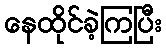
နေထိုင်ခဲ့ကြပြီး